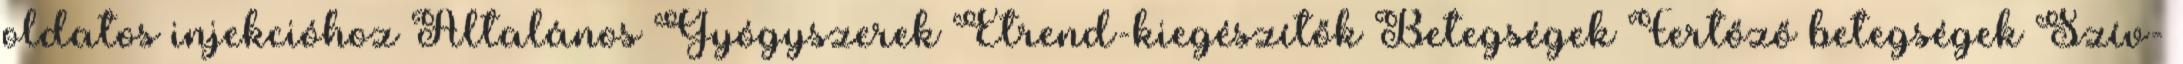
oldatos injekcióhoz Általános Gyógyszerek Étrend-kiegészítők Betegségek Fertőző betegségek Szív-